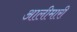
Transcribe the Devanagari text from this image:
आलीमारी